Account of plague administration in the Bombay Presidency from September 1896 till May 1897
Year: 1896
Disease focus: Plague
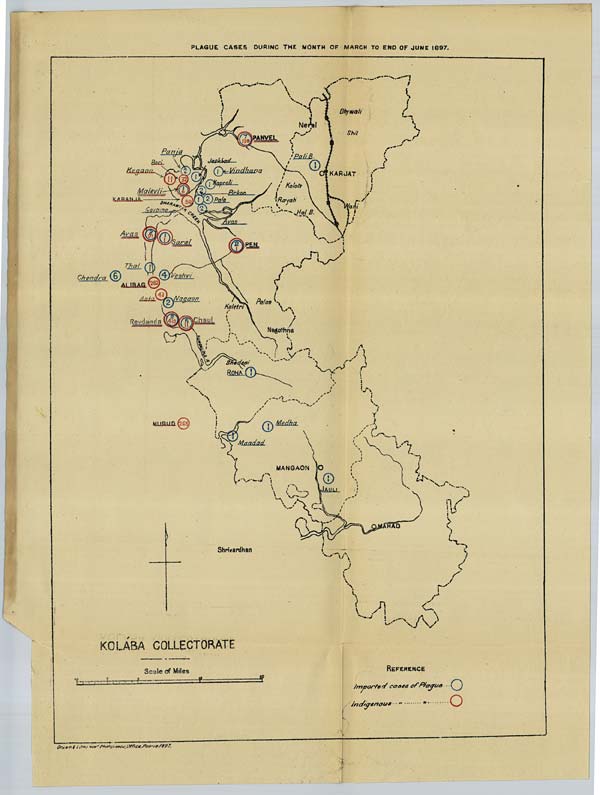
PLAGUE CASES DURING THE MONTH OF MARCH TO END OF JUNE 1897.
Drawn & Litho. Govt. Photozinco: Office, Poona 1897.